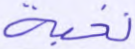
نخبة